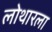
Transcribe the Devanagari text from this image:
लोथारला